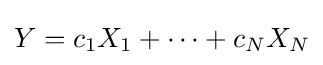
Y=c_{1}X_{1}+\cdots +c_{N}X_{N}